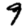
Digit: 9